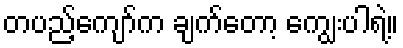
တပည့်ကျော်က ချက်တော့ ကျွေးပါရဲ့။